Report on vaccination in Madras 1922-1929 - 1922-1929
Year: 1922
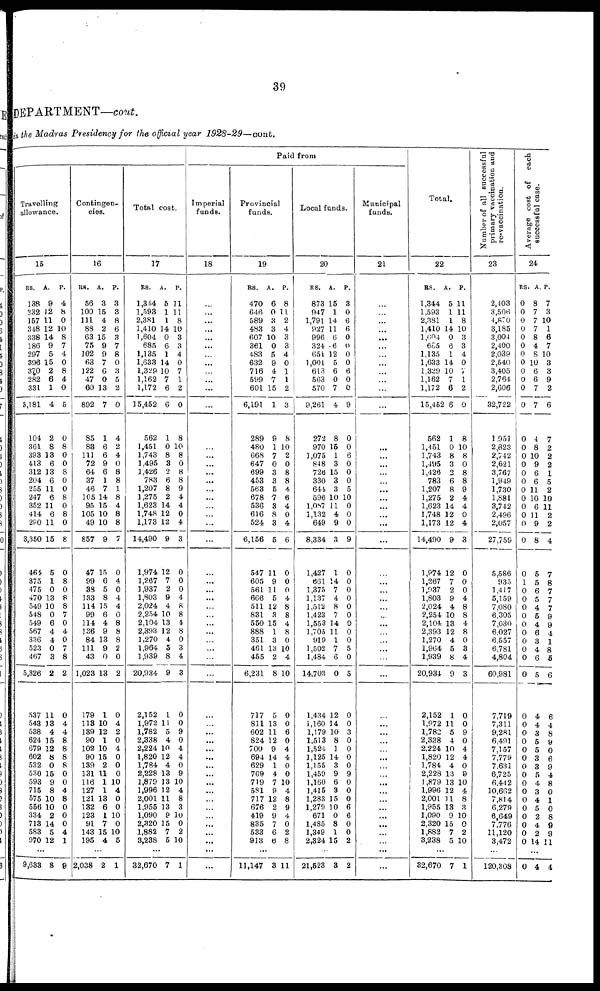
39
DEPARTMENT—cont.
in the Madras Presidency for the official year 1928-29—cont.
Travelling
allowance.
15
RS.
138
332
157
348
338
186
297
396
370
282
331
3,181
104
361
393
413
312
204
255
247
352
414
280
3,350
464
375
475
470
549
548
549
567
336
523
467
5,326
537
543
538
624
679
602
532
530
593
715
575
556
334
718
583
970
A.
9
12
11
12
14
9
5
15
2
6
1
4
2
8
13
6
13
6
11
6
11
6
11
15
5
1
0
13
10
0
6
4
4
0
3
2
11
13
4
15
12
8
0
15
9
8
10
10
2
14
5
12
P.
4
8
0
10
8
7
4
0
8
4
0
5
0
8
0
0
8
0
0
8
0
8
0
8
0
8
0
8
8
7
0
4
0
7
8
2
0
4
4
8
8
8
8
0
0
4
8
0
0
0
4
1
...
9,633 8 9
Contingen-
cies.
16
RS.
56
100
111
88
63
75
102
63
122
47
60
892
85
83
111
72
64
37
46
105
95
105
49
857
47
99
38
133
114
99
114
136
84
111
43
1,023
179
113
139
90
102
90
139
131
116
127
121
132
123
91
143
195
A.
3
15
4
2
15
9
9
7
6
0
13
7
1
6
6
9
6
1
7
14
15
10
10
9
15
6
5
8
15
6
4
9
13
9
0
13
1
10
12
1
10
15
2
11
1
1
13
6
1
7
15
4
P.
3
3
8
6
3
7
8
0
3
5
2
0
4
2
4
0
8
8
1
8
4
8
8
7
0
4
0
4
4
0
8
8
8
2
0
2
0
4
2
0
4
0
0
0
10
4
0
0
10
0
10
5
...
2,038 2 1
Total cost.
17
RS.
1,344
1,593
2,381
1,410
1,604
685
1,135
1,633
1,329
1,162
1,172
15,452
562
1,451
1,743
1,495
1,426
783
1,207
1,275
1,623
1,748
1,173
14,490
1,974
1,267
1,937
1,803
2,024
2,254
2,104
2,393
1,270
1,964
1,939
20,934
2,152
1,972
1,782
2,338
2,224
1,820
1,784
2,228
1,879
1,996
2,001
1,955
1,090
2,320
1,882
3,238
A.
5
1
1
P.
11
11
8
14 10
0
6
1
14
10
7
6
6
1
0
8
8
2
6
8
2
14
12
12
9
12
7
2
9
4
10
13
12
4
5
8
9
1
11
5
4
10
12
4
13
13
12
11
13
9
15
7
5
3
3
4
0
7
1
2
0
8
10
8
0
8
8
9
4
4
0
4
3
0
0
0
4
8
8
4
8
0
3
4
3
0
0
9
0
4
4
0
9
10
4
8
3
10
0
2
10
...
32,670 7 1
Paid from
Imperial
funds.
18
...
...
...
...
...
...
...
...
...
...
...
...
...
...
...
...
...
...
...
...
...
...
...
...
...
...
...
...
...
...
...
...
...
...
...
...
...
...
...
...
...
...
...
...
...
...
...
...
...
...
...
...
...
...
Provincial
funds.
19
RS.
470
646
589
483
607
361
483
632
716
599
601
6,191
289
480
668
647
699
453
563
678
536
616
524
6,156
547
605
561
666
511
831
550
888
351
461
455
6,231
717
811
602
824
700
694
629
769
719
581
717
676
419
835
533
913
A.
6
0
3
3
10
0
5
9
4
7
15
1
9
1
7
0
3
3
5
7
3
8
3
5
11
9
11
5
12
3
15
1
3
13
2
8
5
13
11
12
9
14
1
4
7
9
12
2
9
7
6
6
P.
8
11
2
4
3
3
4
0
1
1
2
3
8
10
2
0
8
8
4
6
4
0
4
6
0
0
0
4
8
8
4
8
0
10
4
10
0
0
6
0
4
4
0
0
10
4
8
9
4
0
2
8
...
11,147 3 11
Local funds.
20
RS.
873
947
1,791
927
996
324
651
1,001
613
563
570
9,261
272
970
1,075
848
726
330
644
596
1,087
1,132
649
8,334
1,427
661
1,375
1,137
1,512
1,423
1,553
1,705
919
1,502
1,484
14,703
1,434
1,160
1,179
1,513
1,524
1,125
1,155
1,459
1,160
1,415
1,283
1,279
671
1,485
1,349
2,324
A.
15
1
14
11
6
6
12
5
6
0
7
4
8
15
1
3
15
3
3
10
11
4
9
3
1
14
7
4
8
7
14
11
1
7
6
0
12
14
10
8
1
14
3
9
6
3
15
10
0
8
1
15
P.
3
0
6
6
0
0
0
0
6
0
0
9
0
0
6
0
0
0
5
10
0
0
0
9
0
0
0
0
0
0
0
0
0
5
0
5
0
0
3
0
0
0
0
9
0
0
0
6
6
0
0
2
...
21,523 8 2
Municipal
funds.
21
...
...
...
...
...
...
...
...
...
...
...
...
...
...
...
...
...
...
...
...
...
...
...
...
...
...
...
...
...
...
...
...
...
...
...
...
...
...
...
...
...
...
...
...
...
...
...
...
...
...
...
...
...
...
Total.
22
RS.
1,344
1,593
2,381
1,410
1,604
685
1,135
1,633
1,329
1,162
1,172
15,452
562
1,451
1,743
1,495
1,426
783
1,207
1,275
1,623
1,748
1,173
14,490
1,974
1,267
1,937
1,803
2,024
2,254
2,104
2,393
1,270
1,964
1,939
20,934
2,152
1,972
1,782
2,338
2,224
1,820
1,784
2,228
1,879
1,996
2,001
1,955
1,090
2,320
1,882
3,238
A.
5
1
1
14
0
6
1
14
10
7
6
6
1
0
8
3
2
6
8
2
14
12
12
9
12
7
2
9
4
10
13
12
4
5
8
9
1
11
5
4
10
12
4
13
13
12
11
13
9
15
7
5
P.
11
11
8
10
3
3
4
0
7
1
2
0
8
10
8
0
8
8
9
4
4
0
4
3
0
0
0
4
8
8
4
8
0
3
4
3
0
0
9
0
4
4
0
9
10
4
8
3
10
0
2
10
...
32,670 7 1
Number of all successful
primary vaccination and
re-vaccination.
23
2,403
3,506
4,870
3,185
3,004
2,400
2,039
2,540
3,405
2,764
2,606
32,722
1,951
2,823
2,742
2,621
3,767
1,949
1,730
1,881
3,742
2,496
2,057
27,759
5,586
935
1,417
5,159
7,080
6,305
7,030
6,027
6,557
6,781
4,804
60,981
7,719
7,311
9,281
6,491
7,157
7,779
7,631
6,725
6,442
10,662
7,814
6,279
6,649
7,776
11,120
3,472
...
120,308
Average cost of each
successful case.
24
RS.
0
0
0
0
0
0
0
0
0
0
0
0
0
0
0
0
0
0
0
0
0
0
0
0
0
1
0
0
0
0
0
0
0
0
0
0
0
0
0
0
0
0
0
0
0
0
0
0
0
0
0
0
A.
8
7
7
7
8
4
8
10
6
6
7
7
4
8
10
9
6
6
11
10
6
11
9
8
5
5
6
5
4
5
4
6
3
4
6
5
4
4
3
5
5
3
3
5
4
3
4
5
2
4
2
14
P.
7
3
10
1
6
7
10
3
3
9
2
6
7
2
2
2
1
5
2
10
11
2
2
4
7
8
7
7
7
9
9
4
1
8
5
6
6
4
8
9
0
6
9
4
8
0
1
0
8
9
9
11
...
0 4 4